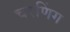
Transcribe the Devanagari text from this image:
चरणिंग